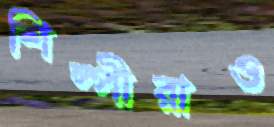
শিল্পীরাও